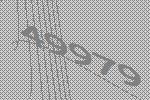
49979